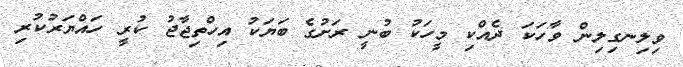
ވިލިނގިލިން ވާހަކަ ދެއްކި މީހަކު ބުނީ ރަށުގެ ބަޔަކު އިހްތިޖާޖު ކުރީ ހައްޔަރުކުރި